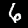
Label: 6